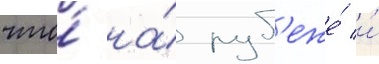
что́ на́ руб'еже́ и́